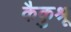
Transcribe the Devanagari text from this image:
कैकुश्रू